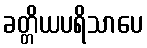
ခတ္တိယပရိသာပေ